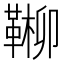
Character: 𩋶